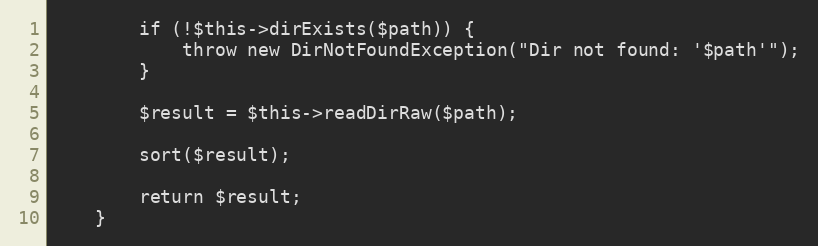
Language: PHP
        if (!$this->dirExists($path)) {
            throw new DirNotFoundException("Dir not found: '$path'");
        }

        $result = $this->readDirRaw($path);

        sort($result);

        return $result;
    }